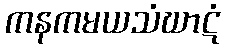
ကနကမယသံဃာဋံ